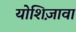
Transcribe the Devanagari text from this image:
योशिज़ावा